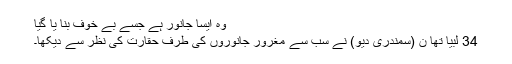
وہ ایسا جانور ہے جسے بے خوف بنا یا گیا
34 لبیا تھا ن (سمندری دیو) نے سب سے مغرور جانوروں کی طرف حقارت کی نظر سے دیکھا۔